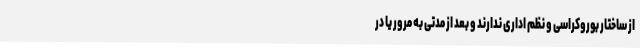
از ساختار بوروکراسی و نظم اداری ندارند و بعد از مدتی به مرور یا در